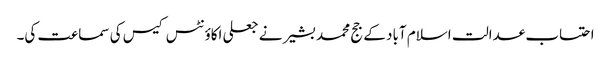
احتساب عدالت اسلام آباد کے جج محمد بشیر نے جعلی اکاؤنٹس کیس کی سماعت کی۔